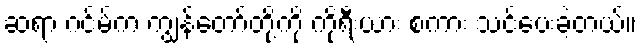
ဆရာ ဂင်မ်က ကျွန်တော်တို့ကို ကိုရီးယား စကား သင်ပေးခဲ့တယ်။